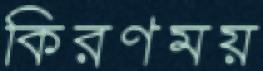
কিরণময়